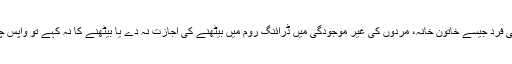
گھر کا کوئی بھی فرد جیسے خاتون خانہ، مردوں کی غیر موجودگی میں ڈرائنگ روم میں بیٹھنے کی اجازت نہ دے یا بیٹھنے کا نہ کہے تو واپس چلے جانا چاہیے۔